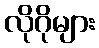
လိုဂိုများ